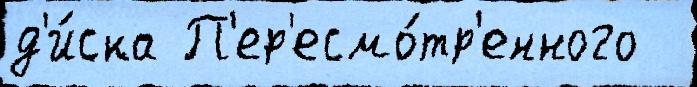
д'и́ска П'ер'есмо́тр'енного